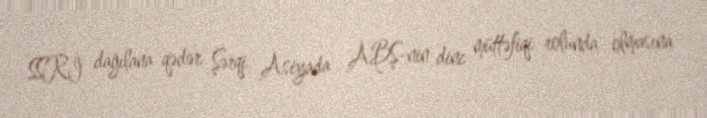
SSRİ dağılana qədər Şərqi Asiyada ABŞ-nin dinc müttəfiqi rolunda olmasına